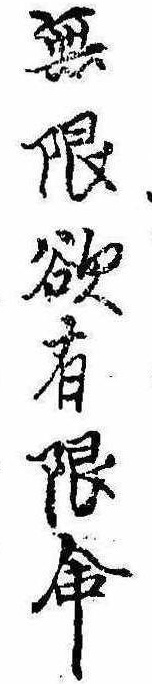
無限欲有限命